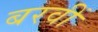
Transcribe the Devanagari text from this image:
बरवीं